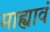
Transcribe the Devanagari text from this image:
माह्यावं